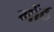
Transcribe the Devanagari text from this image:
गोंठ